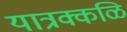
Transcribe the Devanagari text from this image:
यात्रक्कळि